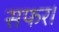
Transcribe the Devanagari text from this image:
सफर।